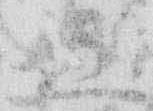
五